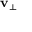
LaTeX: \mathbf { v } _ { \perp }